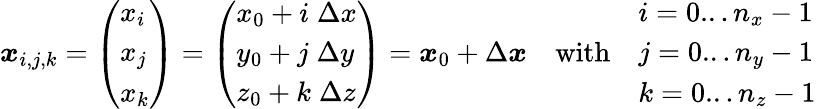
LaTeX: \begin{array}{r}{\boldsymbol{x}_{i,j,k}=\left(\begin{array}{l}{x_{i}}\\ {x_{j}}\\ {x_{k}}\end{array}\right)=\left(\begin{array}{l}{x_{0}+i\; \Delta x}\\ {y_{0}+j\; \Delta y}\\ {z_{0}+k\; \Delta z}\end{array}\right)=\boldsymbol{x}_{0}+\Delta\boldsymbol{x}\quad\mathrm{with}\quad\begin{array}{l}{i=0...n_{x}-1}\\ {j=0...n_{y}-1}\\ {k=0...n_{z}-1}\end{array}}\end{array}